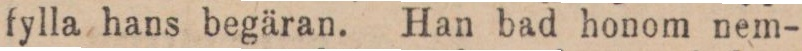
fylla hans begäran. Han bad honom nem-